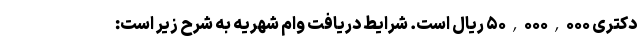
دکتری ۵۰,۰۰۰,۰۰۰ ریال است. شرایط دریافت وام شهریه به شرح زیر است: